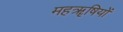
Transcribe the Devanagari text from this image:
महॠषियों